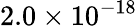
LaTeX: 2.0\times 10^{-18}